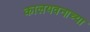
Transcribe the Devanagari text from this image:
कालयवनाच्या